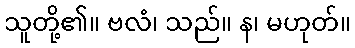
သူတို့၏။ ဗလံ၊ သည်။ န၊ မဟုတ်။